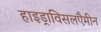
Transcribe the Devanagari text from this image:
हाइड्राविसलएैमीन